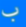
ب